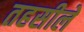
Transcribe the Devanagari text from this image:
तहसीलेँ